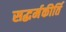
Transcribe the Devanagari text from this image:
सद्धर्मकीर्ति